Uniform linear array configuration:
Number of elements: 8
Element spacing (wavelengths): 0.5
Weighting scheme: binomial
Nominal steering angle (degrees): -30
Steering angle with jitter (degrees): -30.608
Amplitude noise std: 0.05
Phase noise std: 0.05

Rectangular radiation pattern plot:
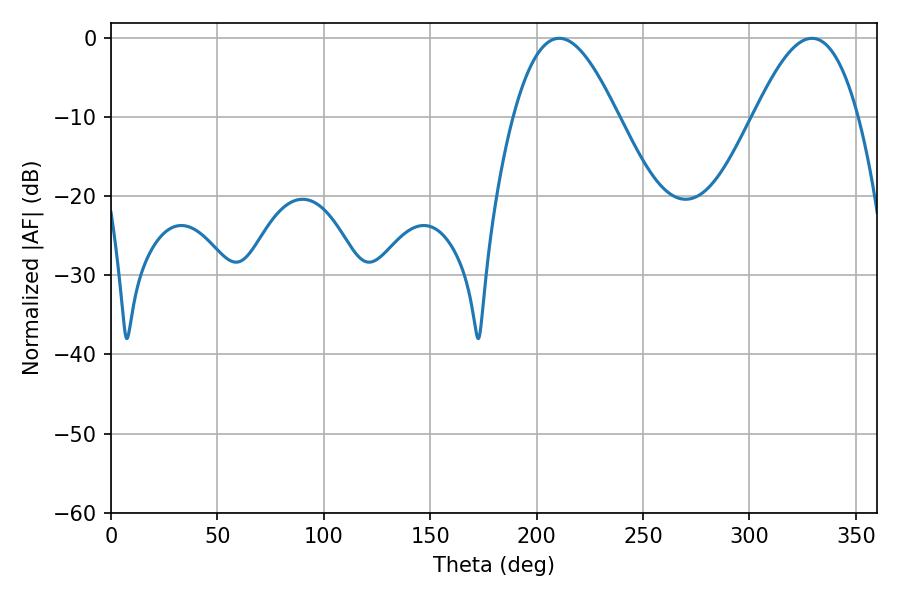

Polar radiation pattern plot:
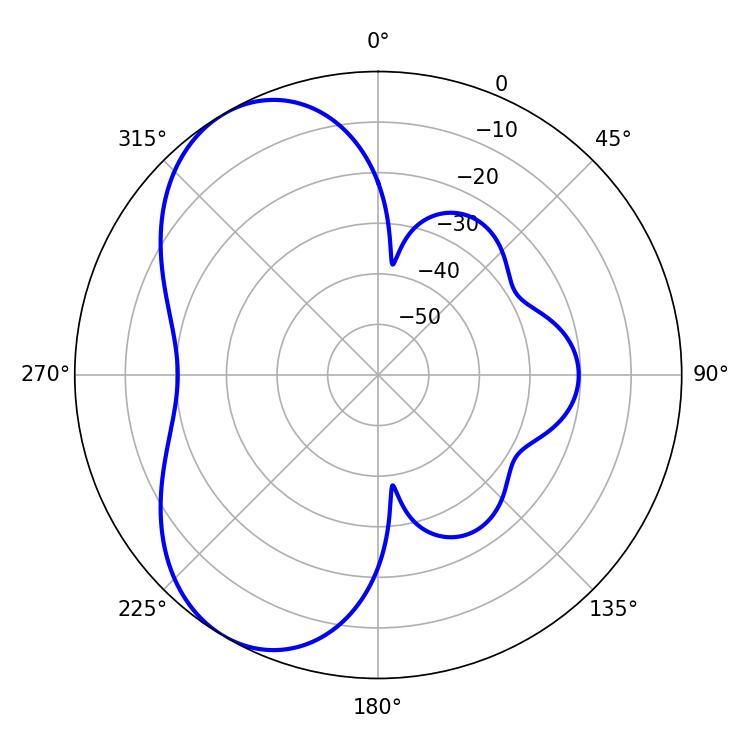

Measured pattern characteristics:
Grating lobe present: FALSE
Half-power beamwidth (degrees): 26.64
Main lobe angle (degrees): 210.6